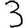
Digit: 3